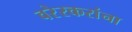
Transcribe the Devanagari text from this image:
वरेरकरांना